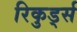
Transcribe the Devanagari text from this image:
रिकुर्ड्स